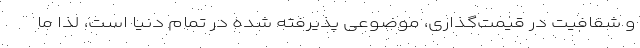
و شفافیت در قیمت‌گذاری، موضوعی پذیرفته شده در تمام دنیا است، لذا ما